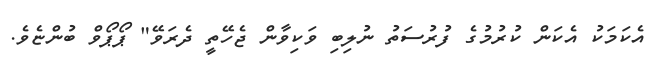
އެކަމަކު އެކަން ކުރުމުގެ ފުރުސަތު ނުލިބި ވަކިވާން ޖެހޭތީ ދެރަވޭ" ޕޯޕޯވް ބުންޏެވެ.